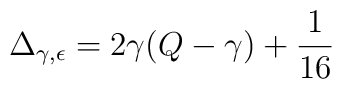
\Delta_{\gamma,\epsilon}=2\gamma(Q-\gamma)+\frac{1}{16}